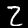
Digit: 2